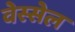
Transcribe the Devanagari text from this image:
वेस्सेल